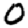
Digit: 0